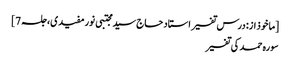
[ماخوذ از: درس تفسیر استاد حاج سید مجتبی نورمفیدی، جلسہ 7]
سورہ حمد کی تفسیر